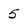
Character: 5